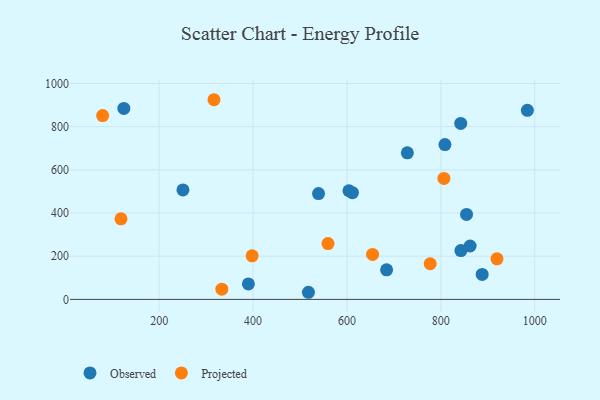
{"axis": {"x": "Ad Spend", "y": "Fuel Efficiency"}, "legend": ["Observed", "Projected"], "data": [{"x": "684.4", "y": 137.0, "type": "Observed"}, {"x": "862.3", "y": 247.4, "type": "Observed"}, {"x": "854.7", "y": 393.6, "type": "Observed"}, {"x": "984.3", "y": 875.5, "type": "Observed"}, {"x": "611.7", "y": 494.3, "type": "Observed"}, {"x": "842.7", "y": 225.9, "type": "Observed"}, {"x": "517.9", "y": 33.0, "type": "Observed"}, {"x": "124.7", "y": 884.5, "type": "Observed"}, {"x": "539.4", "y": 490.3, "type": "Observed"}, {"x": "842.3", "y": 814.8, "type": "Observed"}, {"x": "808.7", "y": 717.1, "type": "Observed"}, {"x": "888.0", "y": 115.6, "type": "Observed"}, {"x": "390.0", "y": 71.5, "type": "Observed"}, {"x": "604.2", "y": 503.2, "type": "Observed"}, {"x": "728.6", "y": 678.7, "type": "Observed"}, {"x": "250.6", "y": 506.8, "type": "Observed"}, {"x": "806.5", "y": 560.1, "type": "Projected"}, {"x": "316.7", "y": 924.7, "type": "Projected"}, {"x": "777.3", "y": 165.2, "type": "Projected"}, {"x": "559.6", "y": 258.5, "type": "Projected"}, {"x": "79.5", "y": 851.2, "type": "Projected"}, {"x": "118.6", "y": 373.0, "type": "Projected"}, {"x": "654.5", "y": 208.2, "type": "Projected"}, {"x": "919.6", "y": 188.0, "type": "Projected"}, {"x": "333.5", "y": 47.3, "type": "Projected"}, {"x": "398.0", "y": 201.8, "type": "Projected"}]}